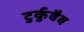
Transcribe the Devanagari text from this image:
टुर्कुवैव